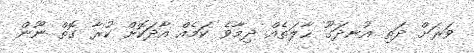
ވަރަށް ދަތި އުނދަގޫ ޙާލަތެއް ދިމާވެ ކަމެއް އާދަކޮށް ކުރާ ގޮތް ނޫން